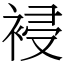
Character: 䘲